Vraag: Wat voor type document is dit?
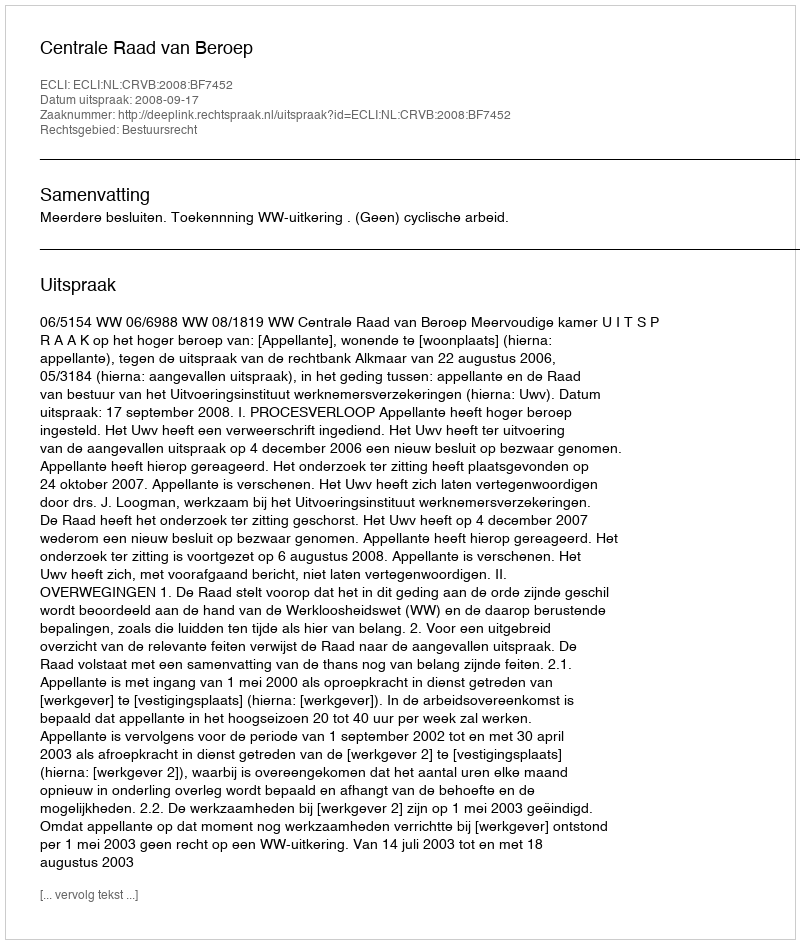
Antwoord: Uitspraak